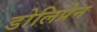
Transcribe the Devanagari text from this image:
डोलिप्रेन